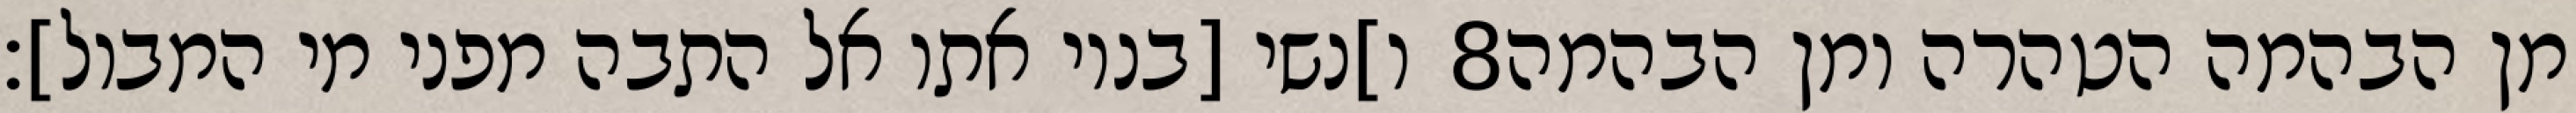
ו]נשי [בניו אתו אל התבה מפני מי המבול]׃ ‎8‏ מן הבהמה הטהרה ומן הבהמה